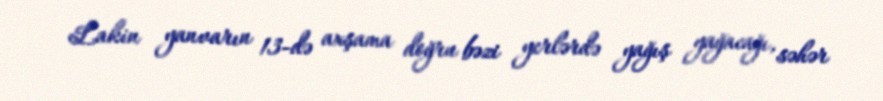
Lakin yanvarın 13-də axşama doğru bəzi yerlərdə yağış yağacağı, səhər